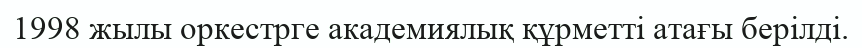
1998 жылы оркестрге академиялық құрметті атағы берілді.